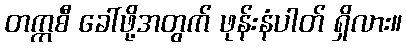
တက္ကစီ ခေါ်ဖို့အတွက် ဖုန်းနံပါတ် ရှိလား။